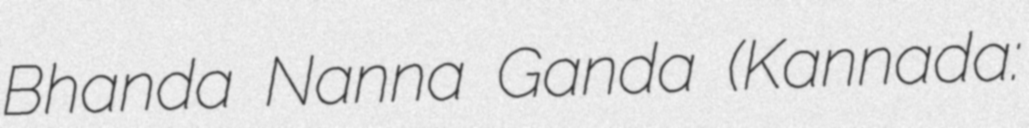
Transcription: Bhanda Nanna Ganda (Kannada: